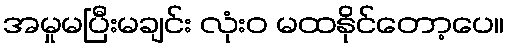
အမှုမပြီးမချင်း လုံးဝ မထနိုင်တော့ပေ။